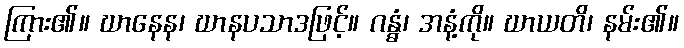
ကြား၏။ ဃာနေန၊ ဃာနပသာဒဖြင့်။ ဂန္ဓံ၊ အနံ့ကို။ ဃာယတိ၊ နမ်း၏။